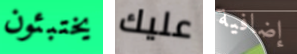
يختبئون عليك إضافية